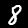
Digit: 8